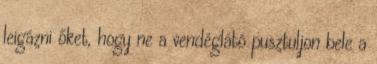
leigázni őket, hogy ne a vendéglátó pusztuljon bele a